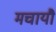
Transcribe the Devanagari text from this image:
मचायौ